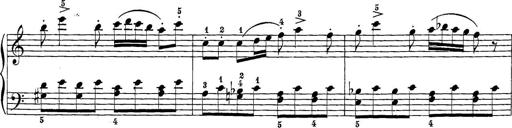
Title: 12 Sonatine per Pianoforte
Composer: Friedrich Kuhlau